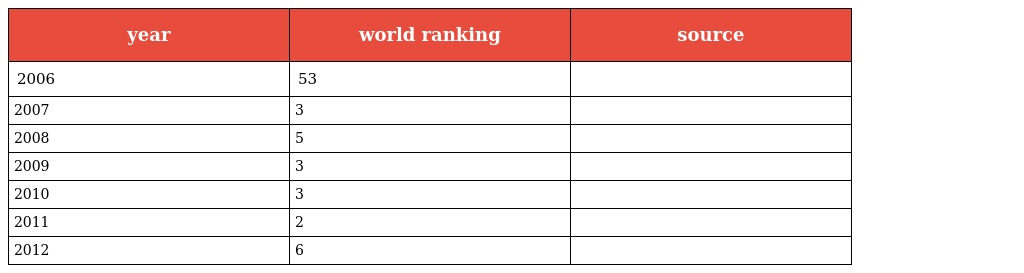
| year | world ranking | source |
 | --- | --- | --- |
 | 2006 | 53 |  |
 | 2007 | 3 |  |
 | 2008 | 5 |  |
 | 2009 | 3 |  |
 | 2010 | 3 |  |
 | 2011 | 2 |  |
 | 2012 | 6 |  |